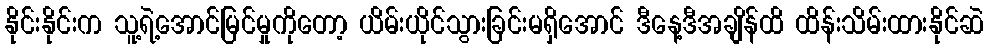
နိုင်းနိုင်းက သူ့ရဲ့အောင်မြင်မှုကိုတော့ ယိမ်းယိုင်သွားခြင်းမရှိအောင် ဒီနေ့ဒီအချိန်ထိ ထိန်းသိမ်းထားနိုင်ဆဲ